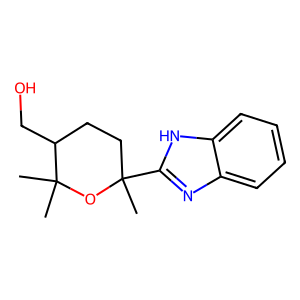
SMILES: CC1(c2nc3ccccc3[nH]2)CCC(CO)C(C)(C)O1
Inhibits HIV replication: No